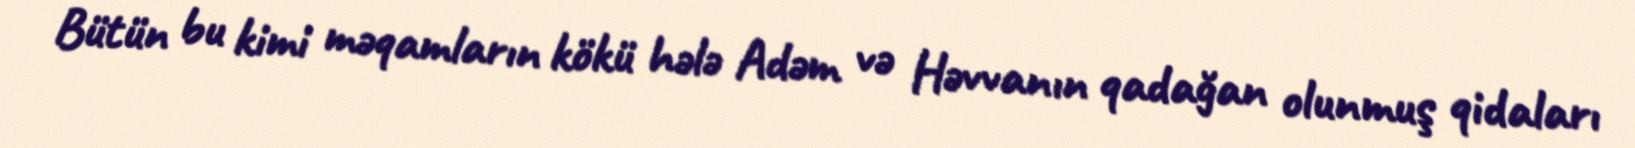
Bütün bu kimi məqamların kökü hələ Adəm və Həvvanın qadağan olunmuş qidaları